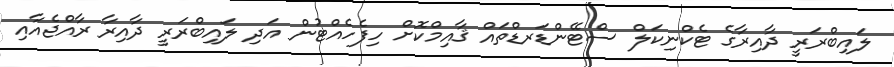
ލައިބްރަރީ ދާއިރާގެ ޓެކްނިކަލް ސްޓޭންޑަރޑްތައް ޤާއިމްކޮށް ހިފެހެއްޓުން އަދި ލައިބްރަރީ ދާއިރާ ރާއްޖެއާއި